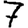
Digit: 7